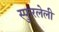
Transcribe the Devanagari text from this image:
स्फुरलेली